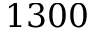
1 3 0 0